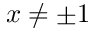
x \ne \pm 1